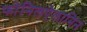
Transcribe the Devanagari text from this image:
फोनिलऐलानिन